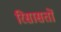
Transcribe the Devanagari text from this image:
रिसासतों